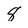
Character: 8